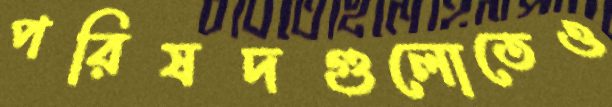
পরিষদগুলোতেও